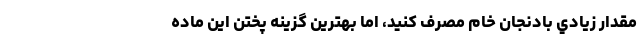
مقدار زيادي بادنجان خام مصرف كنيد، اما بهترين گزينه پختن اين ماده